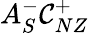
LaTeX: A_{S}^{-}\mathcal{C}_{NZ}^{+}